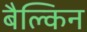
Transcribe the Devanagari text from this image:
बैल्किन